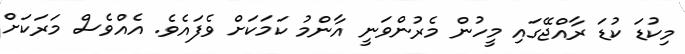
މިކުޑަ ކުޑަ ރާއްޖޭގައި މީހުން މެރުންވަނީ އާންމު ކަމަކަށް ވެފައެވެ. އެއްވެސް މަރަކަށް